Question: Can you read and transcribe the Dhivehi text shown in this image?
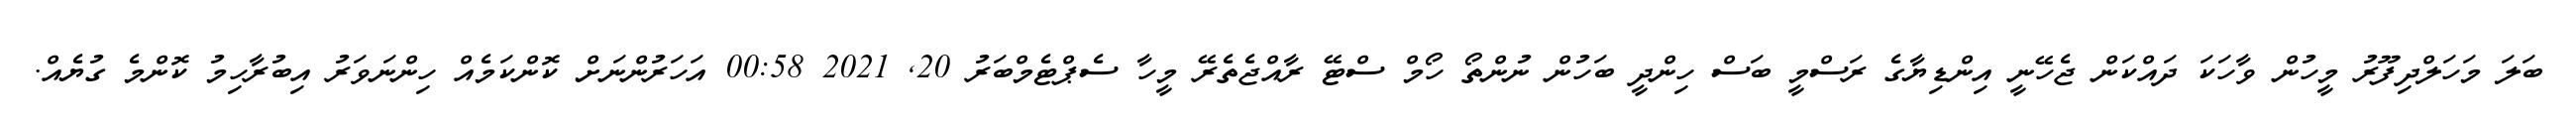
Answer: ބަލަ މަހަލްދިފޫރު މީހުން ވާހަކަ ދައްކަން ޖެހޭނީ އިންޑިޔާގެ ރަސްމީ ބަސް ހިންދީ ބަހުން ނުންތޯ ހޯމް ސްޓޭ ރާއްޖެތެރޭ މީހާ ސެޕްޓެމްބަރު 20, 2021 00:58 އަހަރުންނަށް ކޮންކަމެއް ހިންނަވަރު އިބުރާހިމު ކޮންމެ ގުޔެއް.